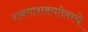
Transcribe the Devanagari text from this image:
शक्याशक्यतेवरचे